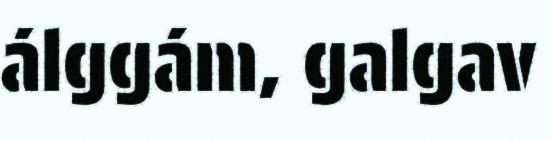
álggám, galgav